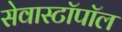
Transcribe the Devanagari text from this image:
सेवास्टॉपॉल